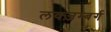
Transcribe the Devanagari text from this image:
लक्ज़म्बर्ग